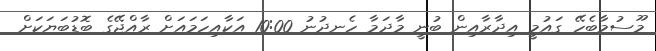
މޫސުމާބެހޭ ގައުމީ އިދާރާއިން ބުނީ މާދަމާ ހެނދުނު 10:00 އަކާއިހަމައަށް ރާއްޖޭގެ ބޮޑުބަޔަކަށް